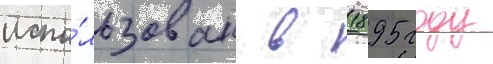
испо́льзован в 1895 году